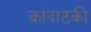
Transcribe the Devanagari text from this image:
कांदाटकी